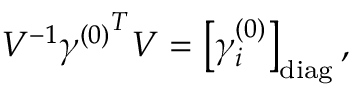
V ^ { - 1 } { \gamma ^ { ( 0 ) } } ^ { T } V = \left[ \gamma _ { i } ^ { ( 0 ) } \right] _ { \mathrm { d i a g } } ,